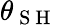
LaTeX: \theta_{\mathrm{~S~H~}}